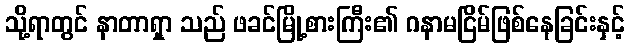
သို့ရာတွင် နာတာရှာ သည် ဖခင်မြို့စားကြီး၏ ဂနာမငြိမ်ဖြစ်နေခြင်းနှင့်